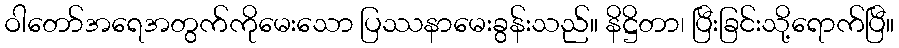
ဝါတော်အရေအတွက်ကိုမေးသော ပြဿနာမေးခွန်းသည်။ နိဋ္ဌိတာ၊ ပြီးခြင်းသို့ရောက်ပြီ။